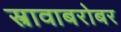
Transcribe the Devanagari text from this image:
स्त्रावाबरोबर